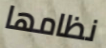
نظامها